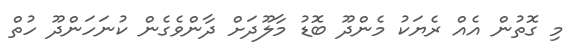
މި ގޮތުން އެއް ރެޔަކު މެންދޫ ބޮޑު މާލޫދަށް ދާންވެގެން ކުނަހަންދޫ ހުތް